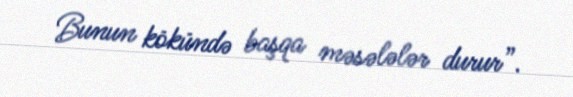
Bunun kökündə başqa məsələlər durur”.